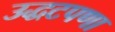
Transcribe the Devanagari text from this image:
उद्धटपणा